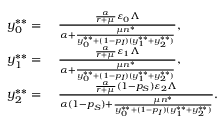
\begin{array} { r l } { y _ { 0 } ^ { * * } = } & { ~ \frac { \frac { \alpha } { r + \mu } \varepsilon _ { 0 } \Lambda } { \alpha + \frac { \mu n ^ { * } } { y _ { 0 } ^ { * * } + ( 1 - p _ { I } ) ( y _ { 1 } ^ { * * } + y _ { 2 } ^ { * * } ) } } , } \\ { y _ { 1 } ^ { * * } = } & { ~ \frac { \frac { \alpha } { r + \mu } \varepsilon _ { 1 } \Lambda } { \alpha + \frac { \mu n ^ { * } } { y _ { 0 } ^ { * * } + ( 1 - p _ { I } ) ( y _ { 1 } ^ { * * } + y _ { 2 } ^ { * * } ) } } , } \\ { y _ { 2 } ^ { * * } = } & { ~ \frac { \frac { \alpha } { r + \mu } ( 1 - p _ { S } ) \varepsilon _ { 2 } \Lambda } { \alpha ( 1 - p _ { S } ) + \frac { \mu n ^ { * } } { y _ { 0 } ^ { * * } + ( 1 - p _ { I } ) ( y _ { 1 } ^ { * * } + y _ { 2 } ^ { * * } ) } } . } \end{array}